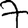
Digit: 7